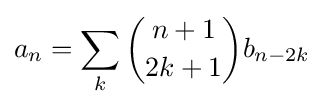
a_{n}=\sum _{k}{\binom {n+1}{2k+1}}b_{n-2k}